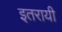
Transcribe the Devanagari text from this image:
इतरायी